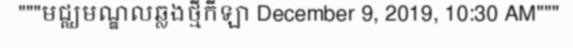
"""មជ្ឈមណ្ឌលឆ្លងថ្មីកីឡា December 9, 2019, 10:30 AM"""